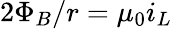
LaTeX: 2\Phi_{B}/r=\mu_{0}i_{L}